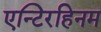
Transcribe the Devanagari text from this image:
एन्टिरहिनम